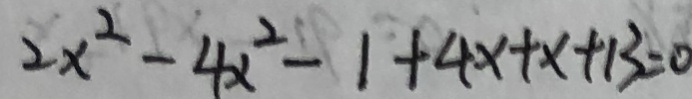
2 x ^ { 2 } - 4 x ^ { 2 } - 1 + 4 x + x + 1 3 = 0